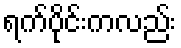
ရက်ပိုင်းကလည်း